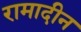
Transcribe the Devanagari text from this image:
रामादीन